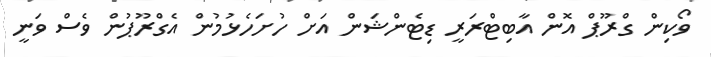
ވޯކިން ގްރޫޕް އޮން އާބިޓްރަރީ ޑިޓެންޝަން އަށް ހުށަހެޅުމުން އެގްރޫޕުން ވެސް ވަނީ